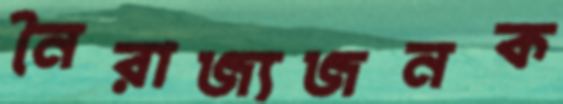
নৈরাজ্যজনক